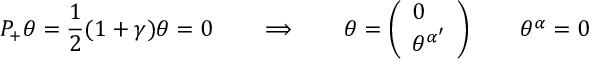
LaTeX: { \cal P _ { + } } \theta = { \frac { 1 } { 2 } } ( 1 + \gamma ) \theta = 0 \qquad \Longrightarrow \qquad \theta = \left( \begin{array} { l } { { 0 } } \\ { { \theta ^ { \alpha ^ { \prime } } } } \end{array} \right) \qquad \theta ^ { \alpha } = 0